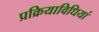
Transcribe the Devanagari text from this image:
प्रक्रियाविधियां